Annual report on the working of the Harcourt Butler Institute of Public Health, Rangoon
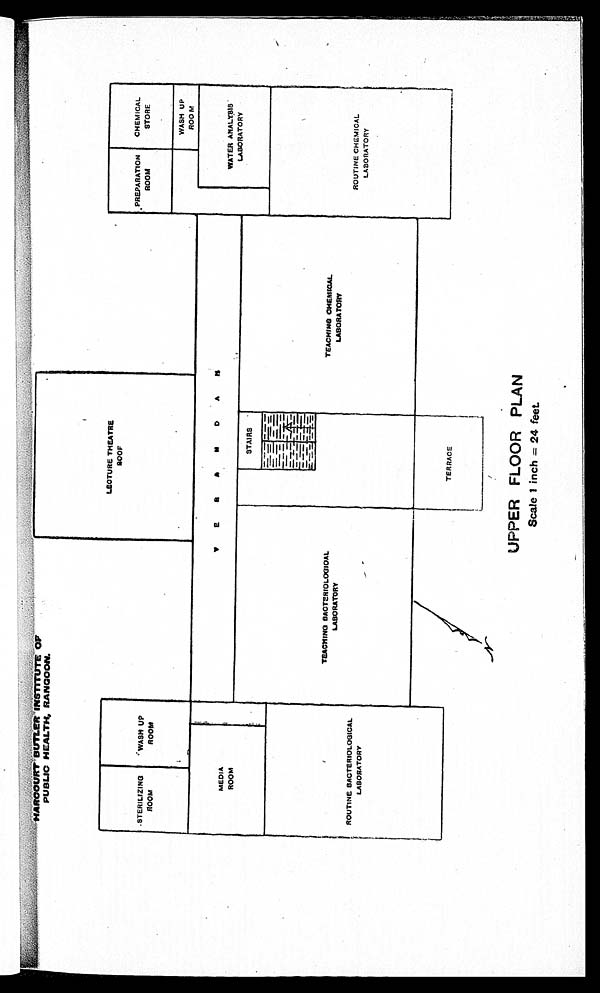
HARCOURT BUTLER INSTITUTE OF
PUBUC HEALTH, RANGOON.
UPPER FLOOR
PLAN
Scale 1 inch = 24 feet.